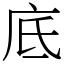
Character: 底